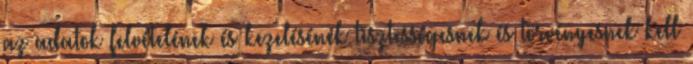
az adatok felvételének és kezelésének tisztességesnek és törvényesnek kell